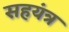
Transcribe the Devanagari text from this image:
सहयंत्र